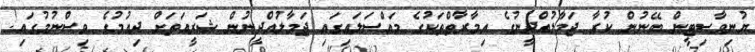
ޔުނިވާސިޓީން ބޭނުން ކުރާ ޖަމާލުއްދީނުގެ އިމާރާތްތަކުގެ މައްސަލައިގައި ޖަމާލުއްދީނުން ޝަރީއަތަށް ދިއުމުގެ ވިސްނުމުގައި!